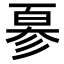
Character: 𢒣